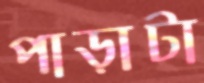
পাড়াটা